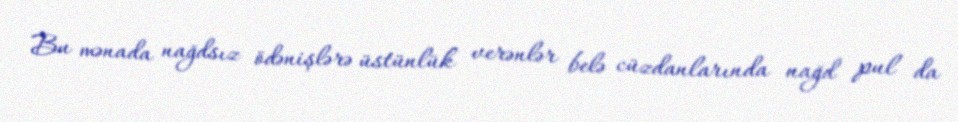
Bu mənada nağdsız ödənişlərə üstünlük verənlər belə cüzdanlarında nağd pul da